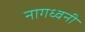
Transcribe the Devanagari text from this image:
नागध्वनी